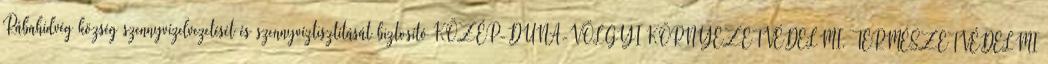
Rábahídvég község szennyvízelvezetését és szennyvíztisztítását biztosító KÖZÉP-DUNA-VÖLGYI KÖRNYEZETVÉDELMI, TERMÉSZETVÉDELMI